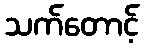
သက်တောင့်